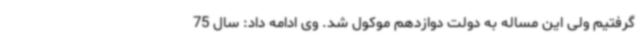
گرفتیم ولی این مساله به دولت دوازدهم موکول شد. وی ادامه داد: سال 75